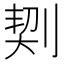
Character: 㓶